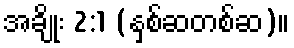
အချိုး 2:1 (နှစ်ဆတစ်ဆ)။